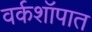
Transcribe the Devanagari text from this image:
वर्कशॉपात